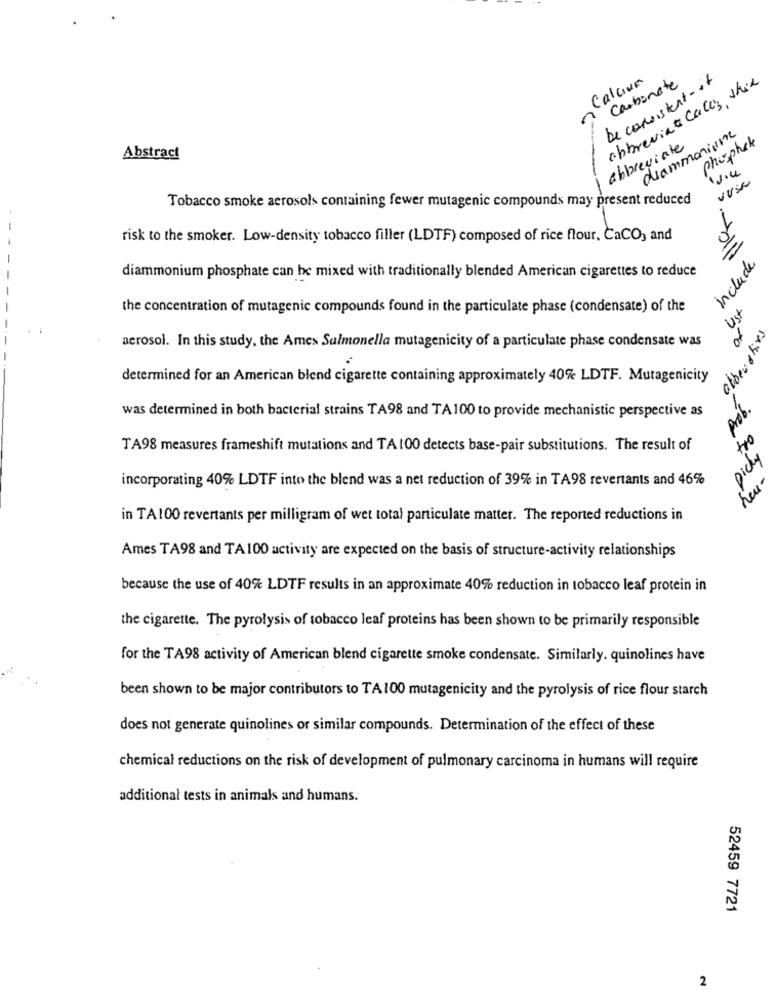
Calcium
Carbonate
be consistent-it
abbrevia Calls shrie
diammonium
phosphate
abbreviate
Abstract
VUsa
Tobacco smoke aerosols containing fewer mutagenic compounds may present reduced
--
risk to the smoker. Low-density tobacco filler (LDTF) composed of rice flour, CaCO, and
include
diammonium phosphate can be mixed with traditionally blended American cigarettes to reduce
the concentration of mutagenic compounds found in the particulate phase (condensate) of the
US
abbeushivs
aerosol. In this study, the Ames Salmonella mutagenicity of a particulate phase condensate was
determined for an American blend cigarette containing approximately 40% LDTF. Mutagenicity
was determined in both bacterial strains TA98 and TA100 to provide mechanistic perspective as
prob.
TA98 measures frameshift mutations and TA 100 detects base-pair substitutions. The result of
picky
incorporating 40% LDTF into the blend was a net reduction of 39% in TA98 revertants and 46%
in TA100 revertants per milligram of wet total particulate matter. The reported reductions in
Ames TA98 and TA 100 activity are expected on the basis of structure-activity relationships
because the use of 40% LDTF results in an approximate 40% reduction in tobacco leaf protein in
the cigarette. The pyrolysis of tobacco leaf proteins has been shown to be primarily responsible
for the TA98 activity of American blend cigarette smoke condensate. Similarly. quinolines have
been shown to be major contributors to TA100 mutagenicity and the pyrolysis of rice flour starch
does not generate quinolines or similar compounds. Determination of the effect of these
chemical reductions on the risk of development of pulmonary carcinoma in humans will require
additional tests in animals and humans.
52459 7721
2